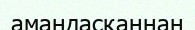
амандасқаннан